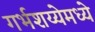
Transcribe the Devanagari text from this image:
गर्भशय्येमध्ये